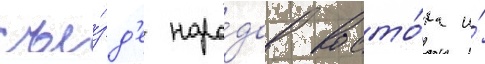
съе́зд'е наро́дов восто́ка и́